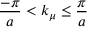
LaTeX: \frac { - \pi } { a } < k _ { \mu } \leq \frac { \pi } { a }